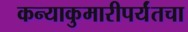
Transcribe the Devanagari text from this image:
कन्याकुमारीपर्यंतचा